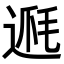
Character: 𨔅